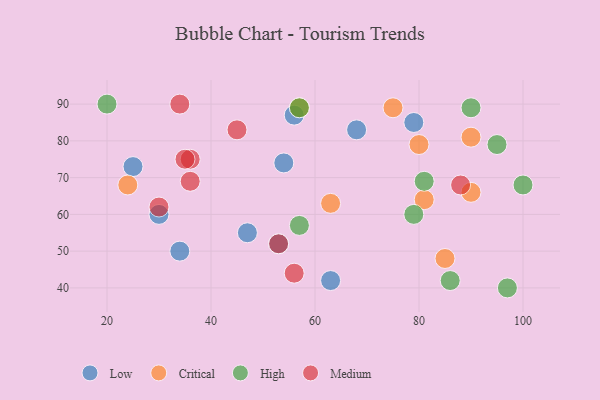
{"axis": {"x": "GDP", "y": "Life Expectancy"}, "legend": ["Critical", "High", "Low", "Medium"], "data": [{"x": "79", "y": 85, "type": "Low"}, {"x": "56", "y": 87, "type": "Low"}, {"x": "30", "y": 60, "type": "Low"}, {"x": "63", "y": 42, "type": "Low"}, {"x": "25", "y": 73, "type": "Low"}, {"x": "68", "y": 83, "type": "Low"}, {"x": "53", "y": 52, "type": "Low"}, {"x": "54", "y": 74, "type": "Low"}, {"x": "34", "y": 50, "type": "Low"}, {"x": "47", "y": 55, "type": "Low"}, {"x": "90", "y": 81, "type": "Critical"}, {"x": "85", "y": 48, "type": "Critical"}, {"x": "24", "y": 68, "type": "Critical"}, {"x": "81", "y": 64, "type": "Critical"}, {"x": "80", "y": 79, "type": "Critical"}, {"x": "90", "y": 66, "type": "Critical"}, {"x": "63", "y": 63, "type": "Critical"}, {"x": "57", "y": 89, "type": "Critical"}, {"x": "75", "y": 89, "type": "Critical"}, {"x": "90", "y": 89, "type": "High"}, {"x": "86", "y": 42, "type": "High"}, {"x": "81", "y": 69, "type": "High"}, {"x": "57", "y": 89, "type": "High"}, {"x": "57", "y": 57, "type": "High"}, {"x": "97", "y": 40, "type": "High"}, {"x": "95", "y": 79, "type": "High"}, {"x": "20", "y": 90, "type": "High"}, {"x": "79", "y": 60, "type": "High"}, {"x": "100", "y": 68, "type": "High"}, {"x": "34", "y": 90, "type": "Medium"}, {"x": "36", "y": 69, "type": "Medium"}, {"x": "88", "y": 68, "type": "Medium"}, {"x": "56", "y": 44, "type": "Medium"}, {"x": "36", "y": 75, "type": "Medium"}, {"x": "53", "y": 52, "type": "Medium"}, {"x": "30", "y": 62, "type": "Medium"}, {"x": "45", "y": 83, "type": "Medium"}, {"x": "35", "y": 75, "type": "Medium"}]}